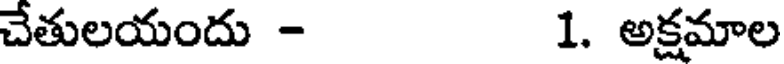
చేతులయందు - 1. అక్షమాల